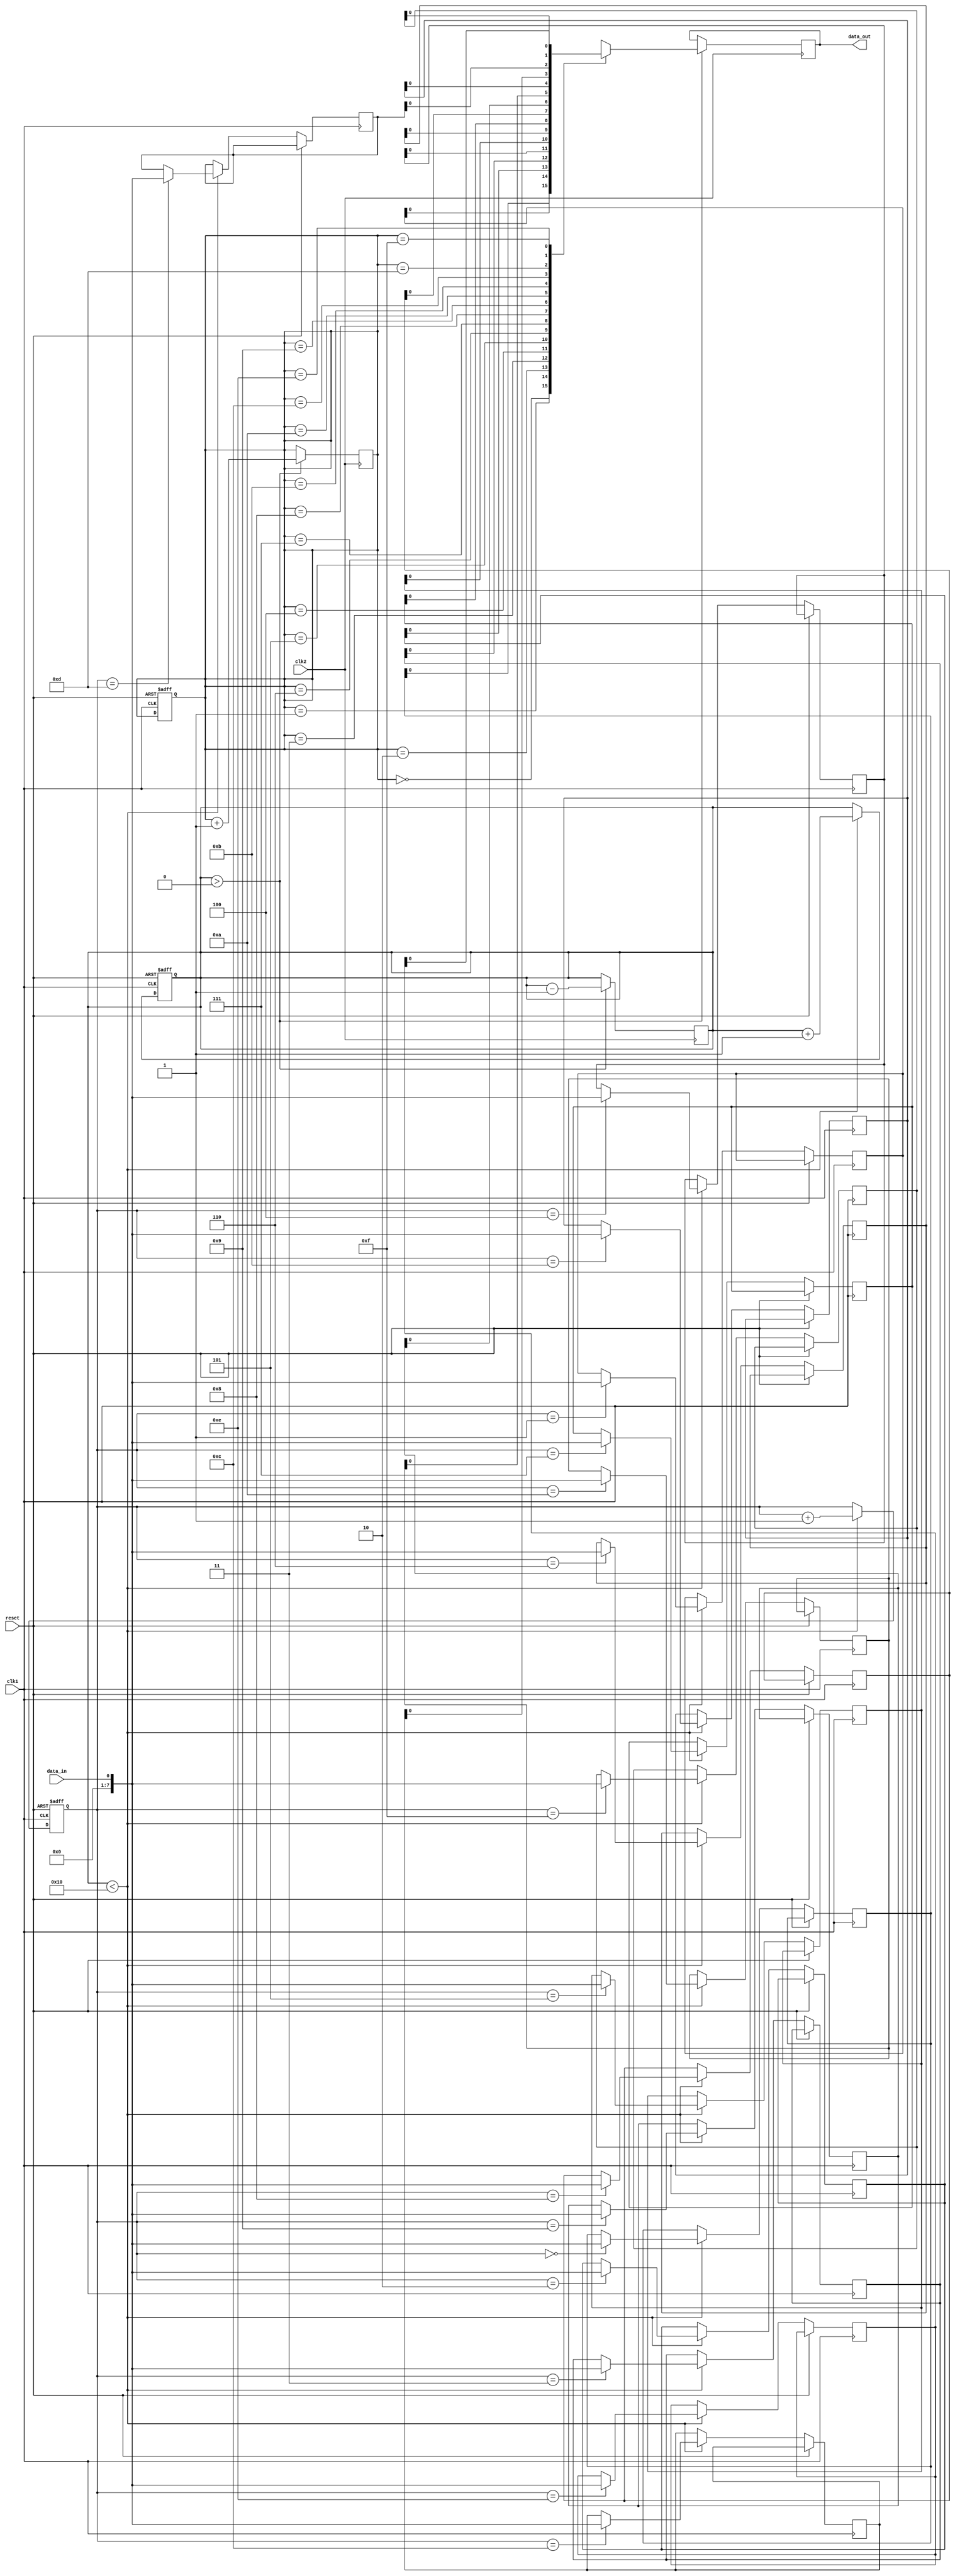
module AsynchronousFIFO (
  input wire clk1,    // Clock signal for domain 1
  input wire clk2,    // Clock signal for domain 2
  input wire reset,   // Reset signal
  input wire data_in, // Data input signal
  output wire data_out // Data output signal
);

reg [7:0] fifo_buffer [0:15]; // FIFO buffer with 16 entries
reg [3:0] write_ptr = 0;      // Write pointer for FIFO buffer
reg [3:0] read_ptr = 0;       // Read pointer for FIFO buffer
reg [3:0] count = 0;          // Number of entries in FIFO buffer

// Timing control block
always @(posedge clk1 or posedge reset) begin
  if (reset) begin
    write_ptr <= 0;
    read_ptr <= 0;
    count <= 0;
  end else begin
    if (count < 16) begin
      fifo_buffer[write_ptr] <= data_in;
      write_ptr <= write_ptr + 1;
      count <= count + 1;
    end
  end
end

// Synchronization block
always @(posedge clk2) begin
  if (count > 0) begin
    data_out <= fifo_buffer[read_ptr];
    read_ptr <= read_ptr + 1;
    count <= count - 1;
  end
end

endmodule